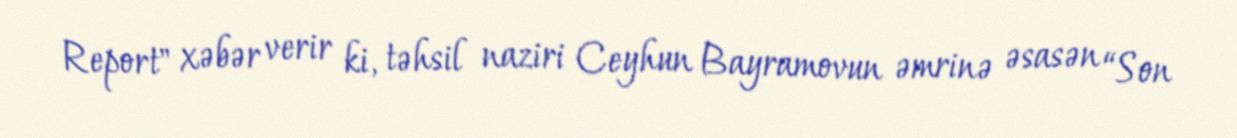
Report" xəbər verir ki, təhsil naziri Ceyhun Bayramovun əmrinə əsasən “Son